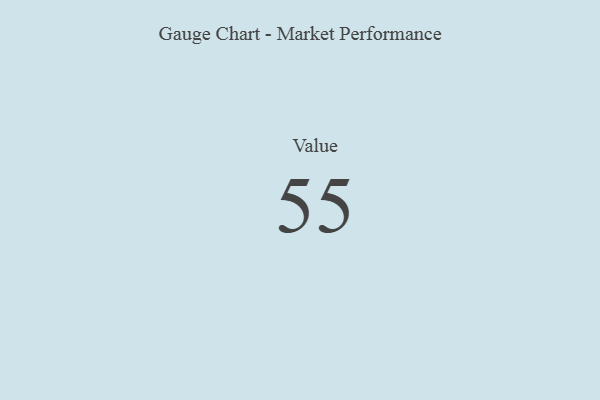
{"axis": {"x": "Metric", "y": "Value"}, "legend": [""], "data": [{"x": "Value", "y": 55, "type": ""}]}